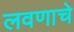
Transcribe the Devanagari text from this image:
लवणाचे